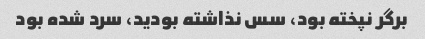
برگر نپخته بود، سس نذاشته بودید، سرد شده بود